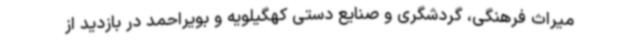
میراث فرهنگی، گردشگری و صنایع دستی کهگیلویه و بویراحمد در بازدید از